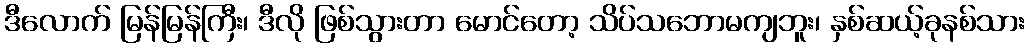
ဒီလောက် မြန်မြန်ကြီး၊ ဒီလို ဖြစ်သွားတာ မောင်တော့ သိပ်သဘောမကျဘူး၊ နှစ်ဆယ့်ခုနစ်သား